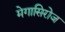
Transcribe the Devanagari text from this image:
मेगासिरोज